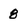
Character: 8